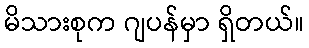
မိသားစုက ဂျပန်မှာ ရှိတယ်။